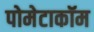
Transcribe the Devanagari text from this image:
पोमेटाकॉम